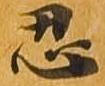
忍